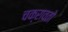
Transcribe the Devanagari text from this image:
चक्रावतो